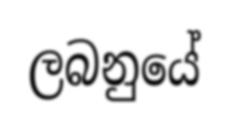
ලබනුයේ